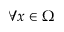
\forall x \in \Omega